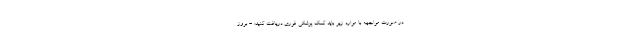
در صورت مواجهه با موارد زیر باید کمک پزشکی فوری دریافت کنید: - بروز